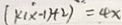
( k ( x - 1 ) + 2 ) = 4 x